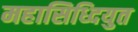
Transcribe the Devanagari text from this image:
महासिध्दियुत